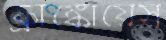
ফ্রাঙ্কোয়েস